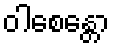
ဝါစေန္တော